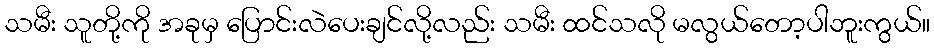
သမီး သူတို့ကို အခုမှ ပြောင်းလဲပေးချင်လို့လည်း သမီး ထင်သလို မလွယ်တော့ပါဘူးကွယ်။